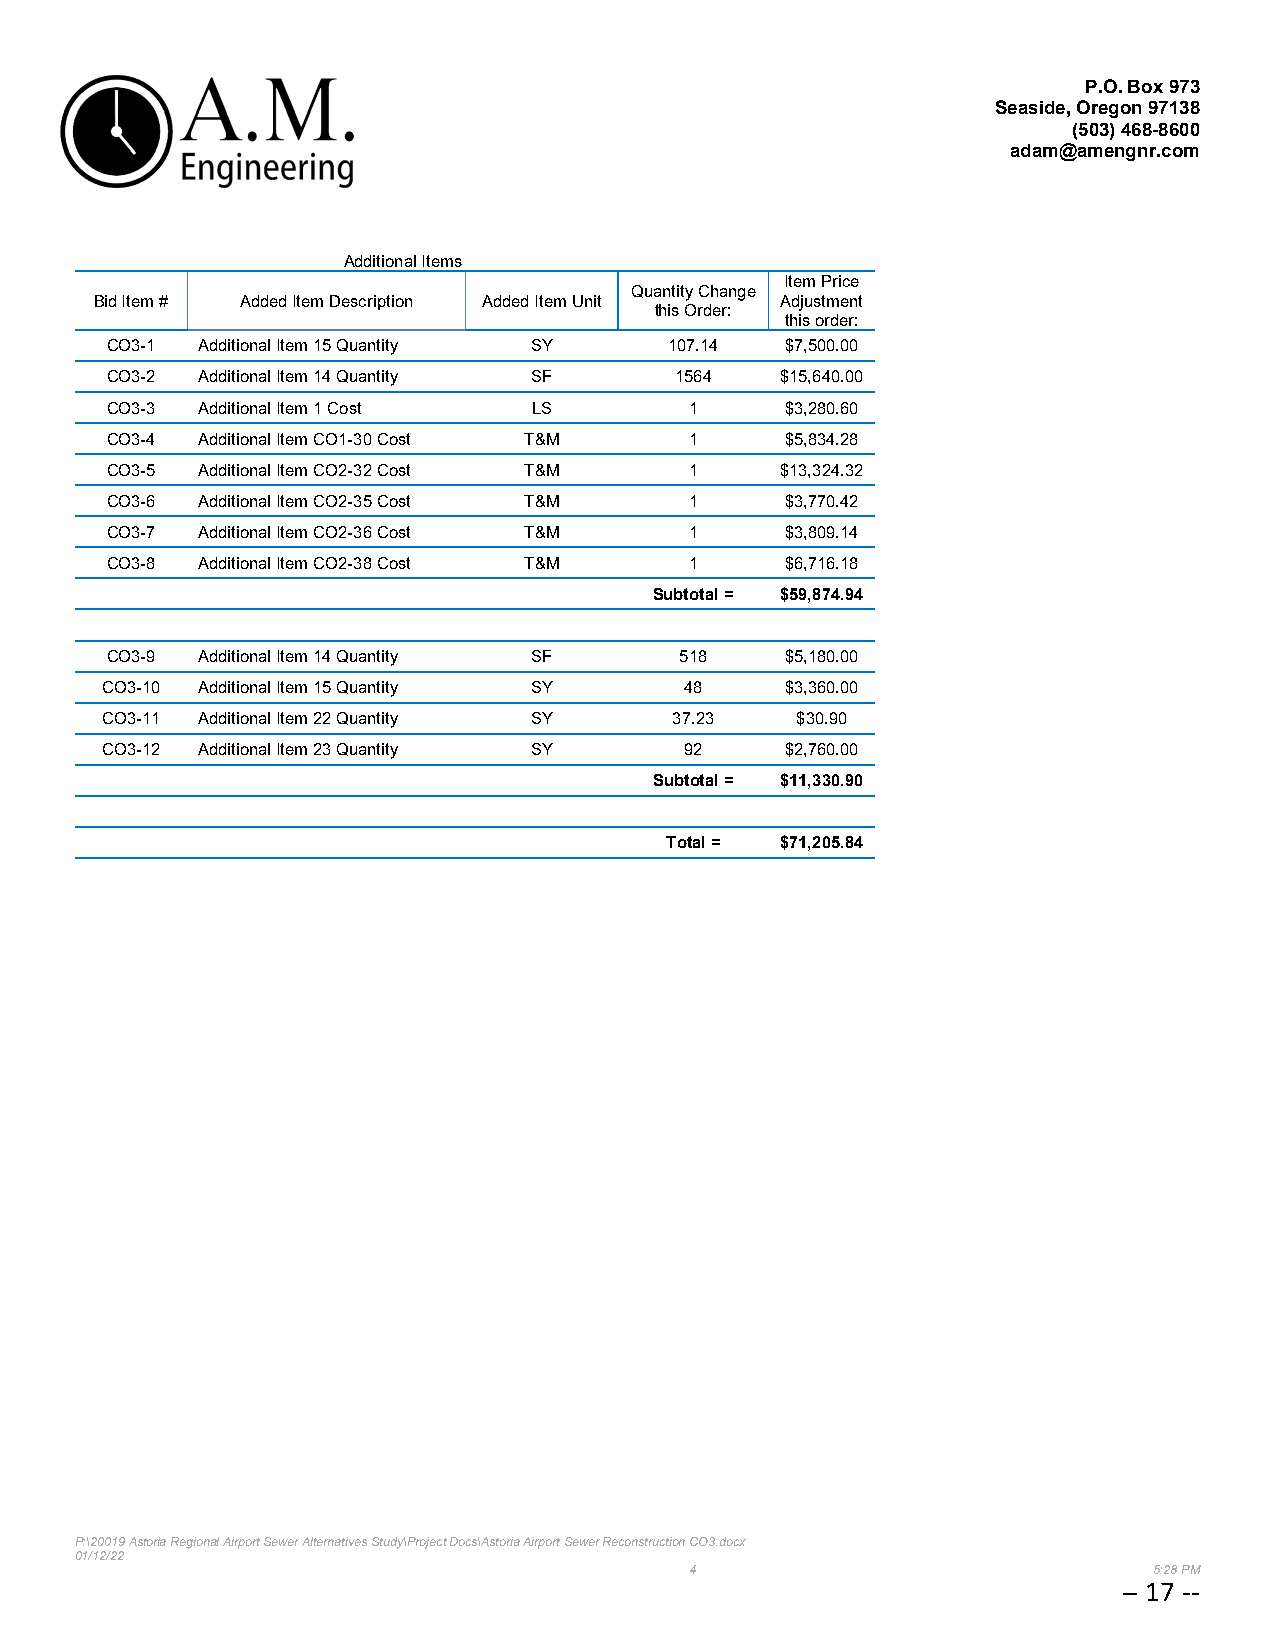
P.O. Box 973
 Seaside, Oregon 97138
 (503)468-8600
 adam@amengnr.com
 AdditionalItems
 Item Price
 Quantity Change
 Bid Item # Added Item Description Added Item Unit Adjustment
 this Order:
 this order:
 CO3-1 Additional Item 15 Quantity SY 107.14  $7,500.00
 CO3-2 Additional Item 14 Quantity SF  1564   $15,640.00
 CO3-3 Additional Item 1 Cost LS        1     $3,280.60
 CO3-4 Additional Item CO1-30 Cost T&M  1     $5,834.28
 CO3-5 Additional Item CO2-32 Cost T&M  1     $13,324.32
 CO3-6 Additional Item CO2-35 Cost T&M  1     $3,770.42
 CO3-7 Additional Item CO2-36 Cost T&M  1     $3,809.14
 CO3-8 Additional Item CO2-38 Cost T&M  1     $6,716.18
 Subtotal = $59,874.94
 CO3-9 Additional Item 14 Quantity SF  518    $5,180.00
 CO3-10 Additional Item 15 Quantity SY 48     $3,360.00
 CO3-11 Additional Item 22 Quantity SY 37.23   $30.90
 CO3-12 Additional Item 23 Quantity SY 92     $2,760.00
 Subtotal = $11,330.90
 Total = $71,205.84
 P:\20019 Astoria Regional Airport Sewer Alternatives Study\Project Docs\Astoria Airport Sewer Reconstruction CO3.docx
 01/12/22
 4                             5:28 PM
 -- 17 --